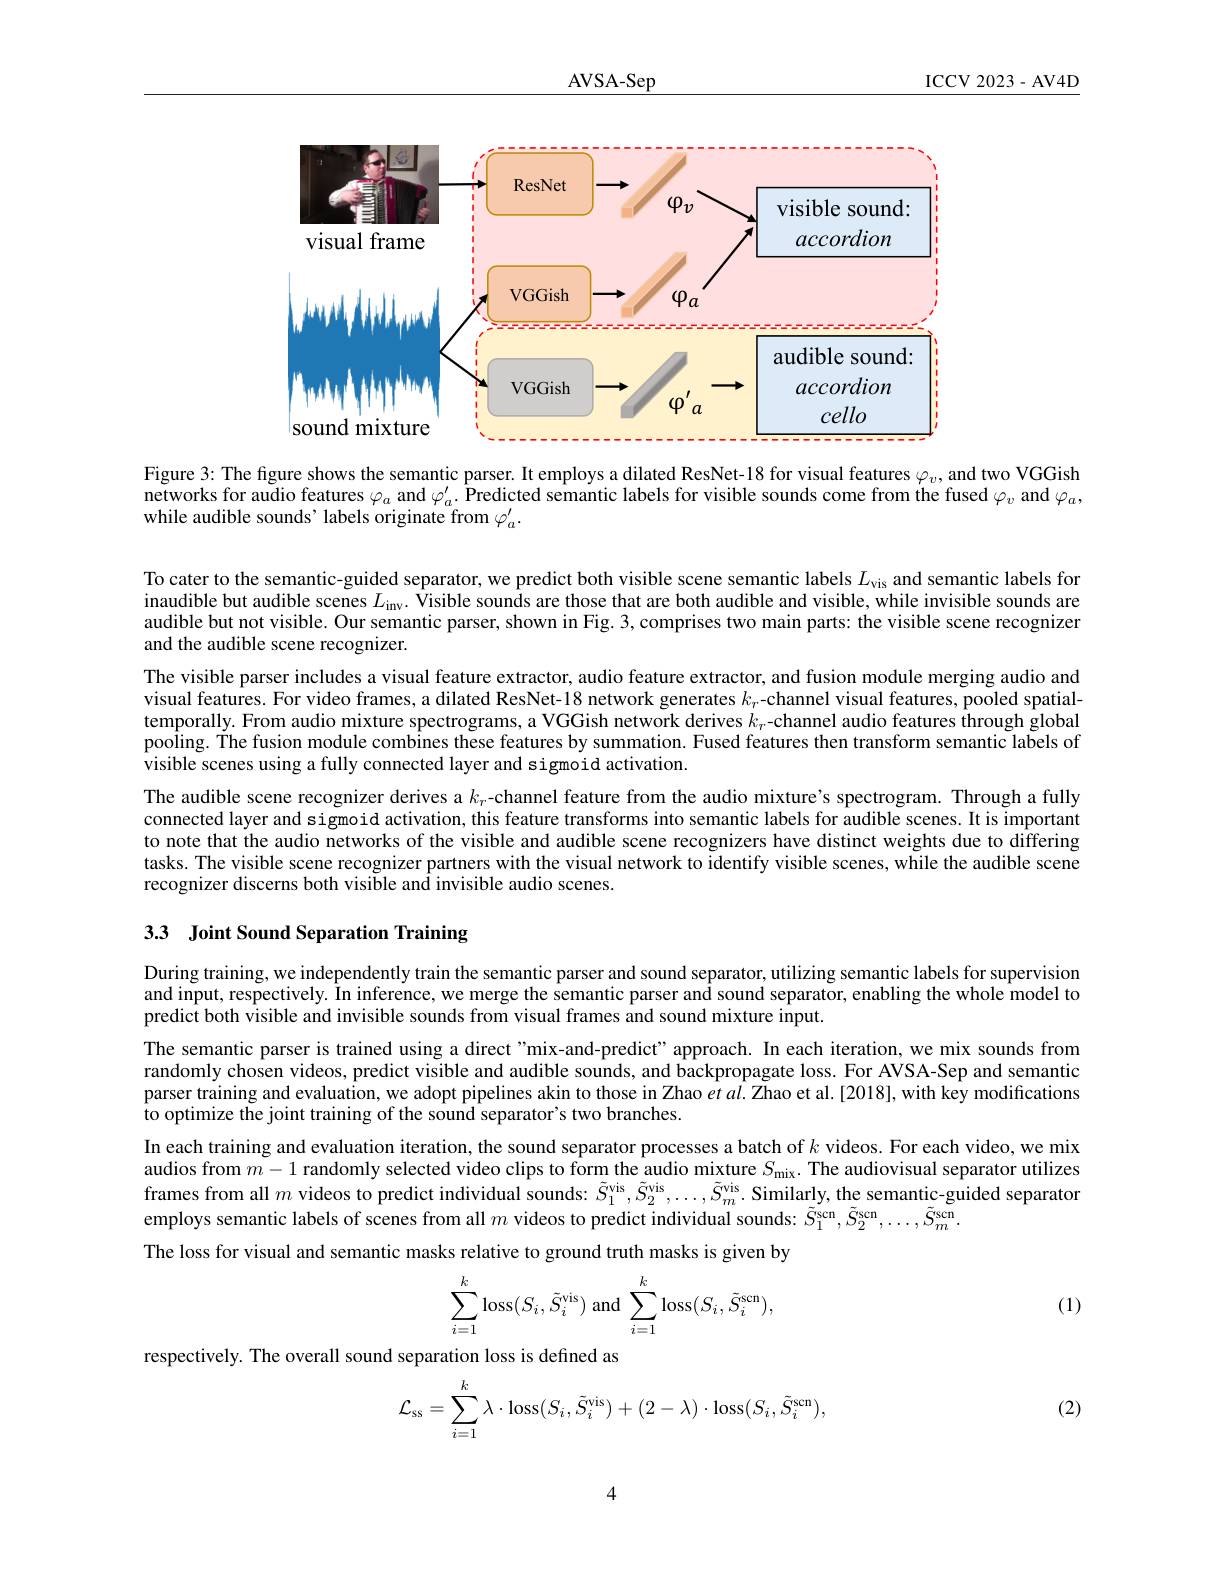
$\underline{\mathrm{AVSA-Sep}}$

ICCV 2023- AV4D

<FigureHere>

Figure 3: The figure shows the semantic parser. It employs a dilated ResNet-18 for visual features $\varphi_v$, and two VGGish networks for audio features $\varphi_a$ and $\varphi_a^{\prime}.$ Predicted semantic labels for visible sounds come from the fused $\varphi_v$ and $\varphi_a$, while audible sounds' labels originate from $\varphi_a^{\prime}.$

To cater to the semantic-guided separator, we predict both visible scene semantic labels $L_\mathrm{vis}$ and semantic labels for inaudible but audible scenes $L_\mathrm{inv}.$ $\hat{\text{Visible sounds are those that are both audible and visible,while invisible sounds are}}$ audible but not visible. Our semantic parser, shown in Fig. 3, comprises two main parts: the visible scene recognizer and the audible scene recognizer.
The visible parser includes a visual feature extractor, audio feature extractor, and fusion module merging audio and visual features. For video frames, a dilated ResNet-18 network generates $k_{r}$-channel visual features, pooled spatialtemporally. From audio mixture spectrograms, a VGGish network derives $k_{r}$-channel audio features through global pooling. Tihe fusion module combines these features by summation. Fused features then transform semantic labels of visible scenes using a fully connected layer and sigmoid activation.
The audible scene recognizer derives a $k_r$ channel feature from the audio mixture's spectrogram. Through a fully connected layer and sigmoid activation, this feature transforms into semantic labels for audible scenes. It is important to note that the audio networks of the visible and audible scene recognizers have distinct weights due to differing tasks. The visible scene recognizer partners with the visual network to identify visible scenes, while the audible scene recognizer discerns both visible and invisible audio scenes.

## 3.3 Joint Sound Separation Training

During training, we independently train the semantic parser and sound separator, utilizing semantic labels for supervision and input, respectively. In inference, we merge the semantic parser and sound separator, enabling the whole model to predict both visible and invisible sounds from visual frames and sound mixture input.
The semantic parser is trained using a direct "mix-and-predict" approach. In each iteration, we mix sounds from randomly chosen videos, predict visible and audible sounds, and backpropagate loss. For AVSA-Sep and semantic parser training and evaluation, we adopt pipelines akin to those in Zhao $etal.\bar{\text{Zhaoetal.[2018],with keymodifications}}$ to optimize the joint training of the sound separato$r^{\prime }$s two branches.
In each training and evaluation iteration, the sound separator processes a batch of $k$ videos. For each video, we mix audios from $m-1$ randomly selected video clips to form the audio mixture $S_\mathrm{mix}.$ The audiovisual separator utilizes frames from all $m$ videos to predict individual sounds: $\tilde{S}_1^\mathrm{vis},\tilde{S}_2^\mathrm{vis},\ldots,\tilde{S}_m^\mathrm{vis}.$ Similarly, the semantic-guided separator employs semantic labels of scenes from all $m$ videos to predict individual sounds: $\tilde{S}_1^\mathrm{scn},\tilde{S}_2^\mathrm{scn},\ldots,\tilde{S}_m^\mathrm{scn}.$
The loss for visual and semantic masks relative to ground truth masks is given by
$$\begin{aligned}\sum_{i=1}^k\operatorname{loss}(S_i,\tilde{S}_i^{\mathrm{vis}})\text{and}\sum_{i=1}^k\operatorname{loss}(S_i,\tilde{S}_i^{\mathrm{scn}}),\end{aligned}$$
(1)

respectively. The overall sound separation loss is defined as
$$\mathcal{L}_{\mathrm{ss}}=\sum_{i=1}^{k}\lambda\cdot\mathrm{loss}(S_{i},\tilde{S}_{i}^{\mathrm{vis}})+(2-\lambda)\cdot\mathrm{loss}(S_{i},\tilde{S}_{i}^{\mathrm{scn}}),$$
(2)

4